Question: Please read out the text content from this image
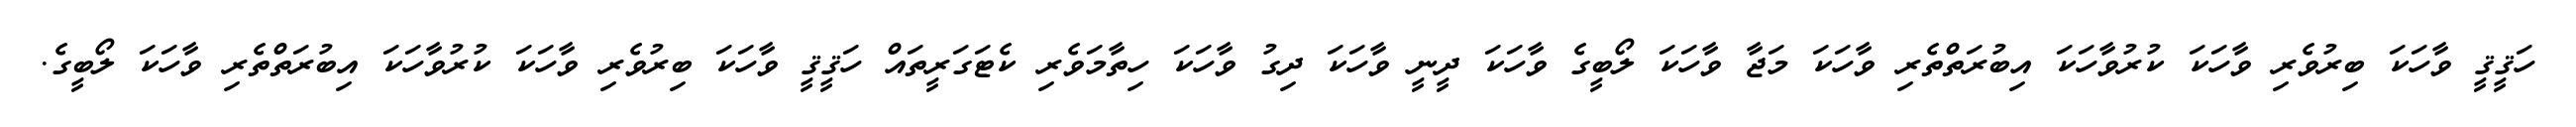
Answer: ހަޤީޤީ ވާހަކަ ބިރުވެރި ވާހަކަ ކުރުވާހަކަ އިބުރަތްތެރި ވާހަކަ މަޖާ ވާހަކަ ލޯބީގެ ވާހަކަ ދީނީ ވާހަކަ ދިގު ވާހަކަ ހިތާމަވެރި ކެޓަގަރީތައް ހަޤީޤީ ވާހަކަ ބިރުވެރި ވާހަކަ ކުރުވާހަކަ އިބުރަތްތެރި ވާހަކަ ލޯބީގެ.